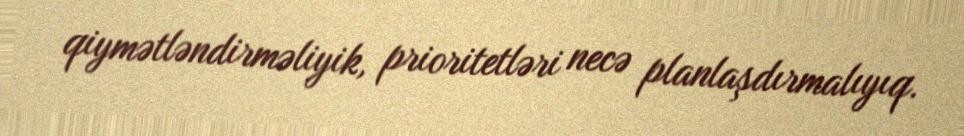
qiymətləndirməliyik, prioritetləri necə planlaşdırmalıyıq.